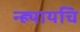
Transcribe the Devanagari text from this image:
न्ह्यायचि